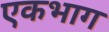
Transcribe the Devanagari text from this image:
एकभाग